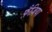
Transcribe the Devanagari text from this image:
फ़ैज़िया